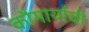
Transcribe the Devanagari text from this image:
कौमार्याची